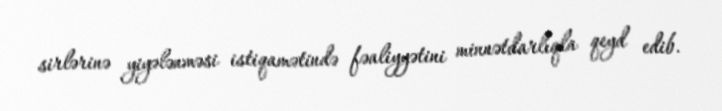
sirlərinə yiyələnməsi istiqamətində fəaliyyətini minnətdarlıqla qeyd edib.